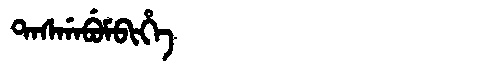
Manchu: ᡨᠠᠰᡤᠠᠪᡠᠮᠪᡳᡥᡝ
Romanization: TASGABUMBIHE